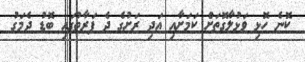
ކޮނެ ހޮޅި ވަޅުލާގޮތަށް ކަމަށާއި އަދި ރަށުގެ ދެ ފަރާތުގައި ބޮޑު ދެމަގު